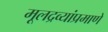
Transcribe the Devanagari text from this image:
मूलद्रव्यांप्रमाणे